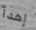
إهدأ